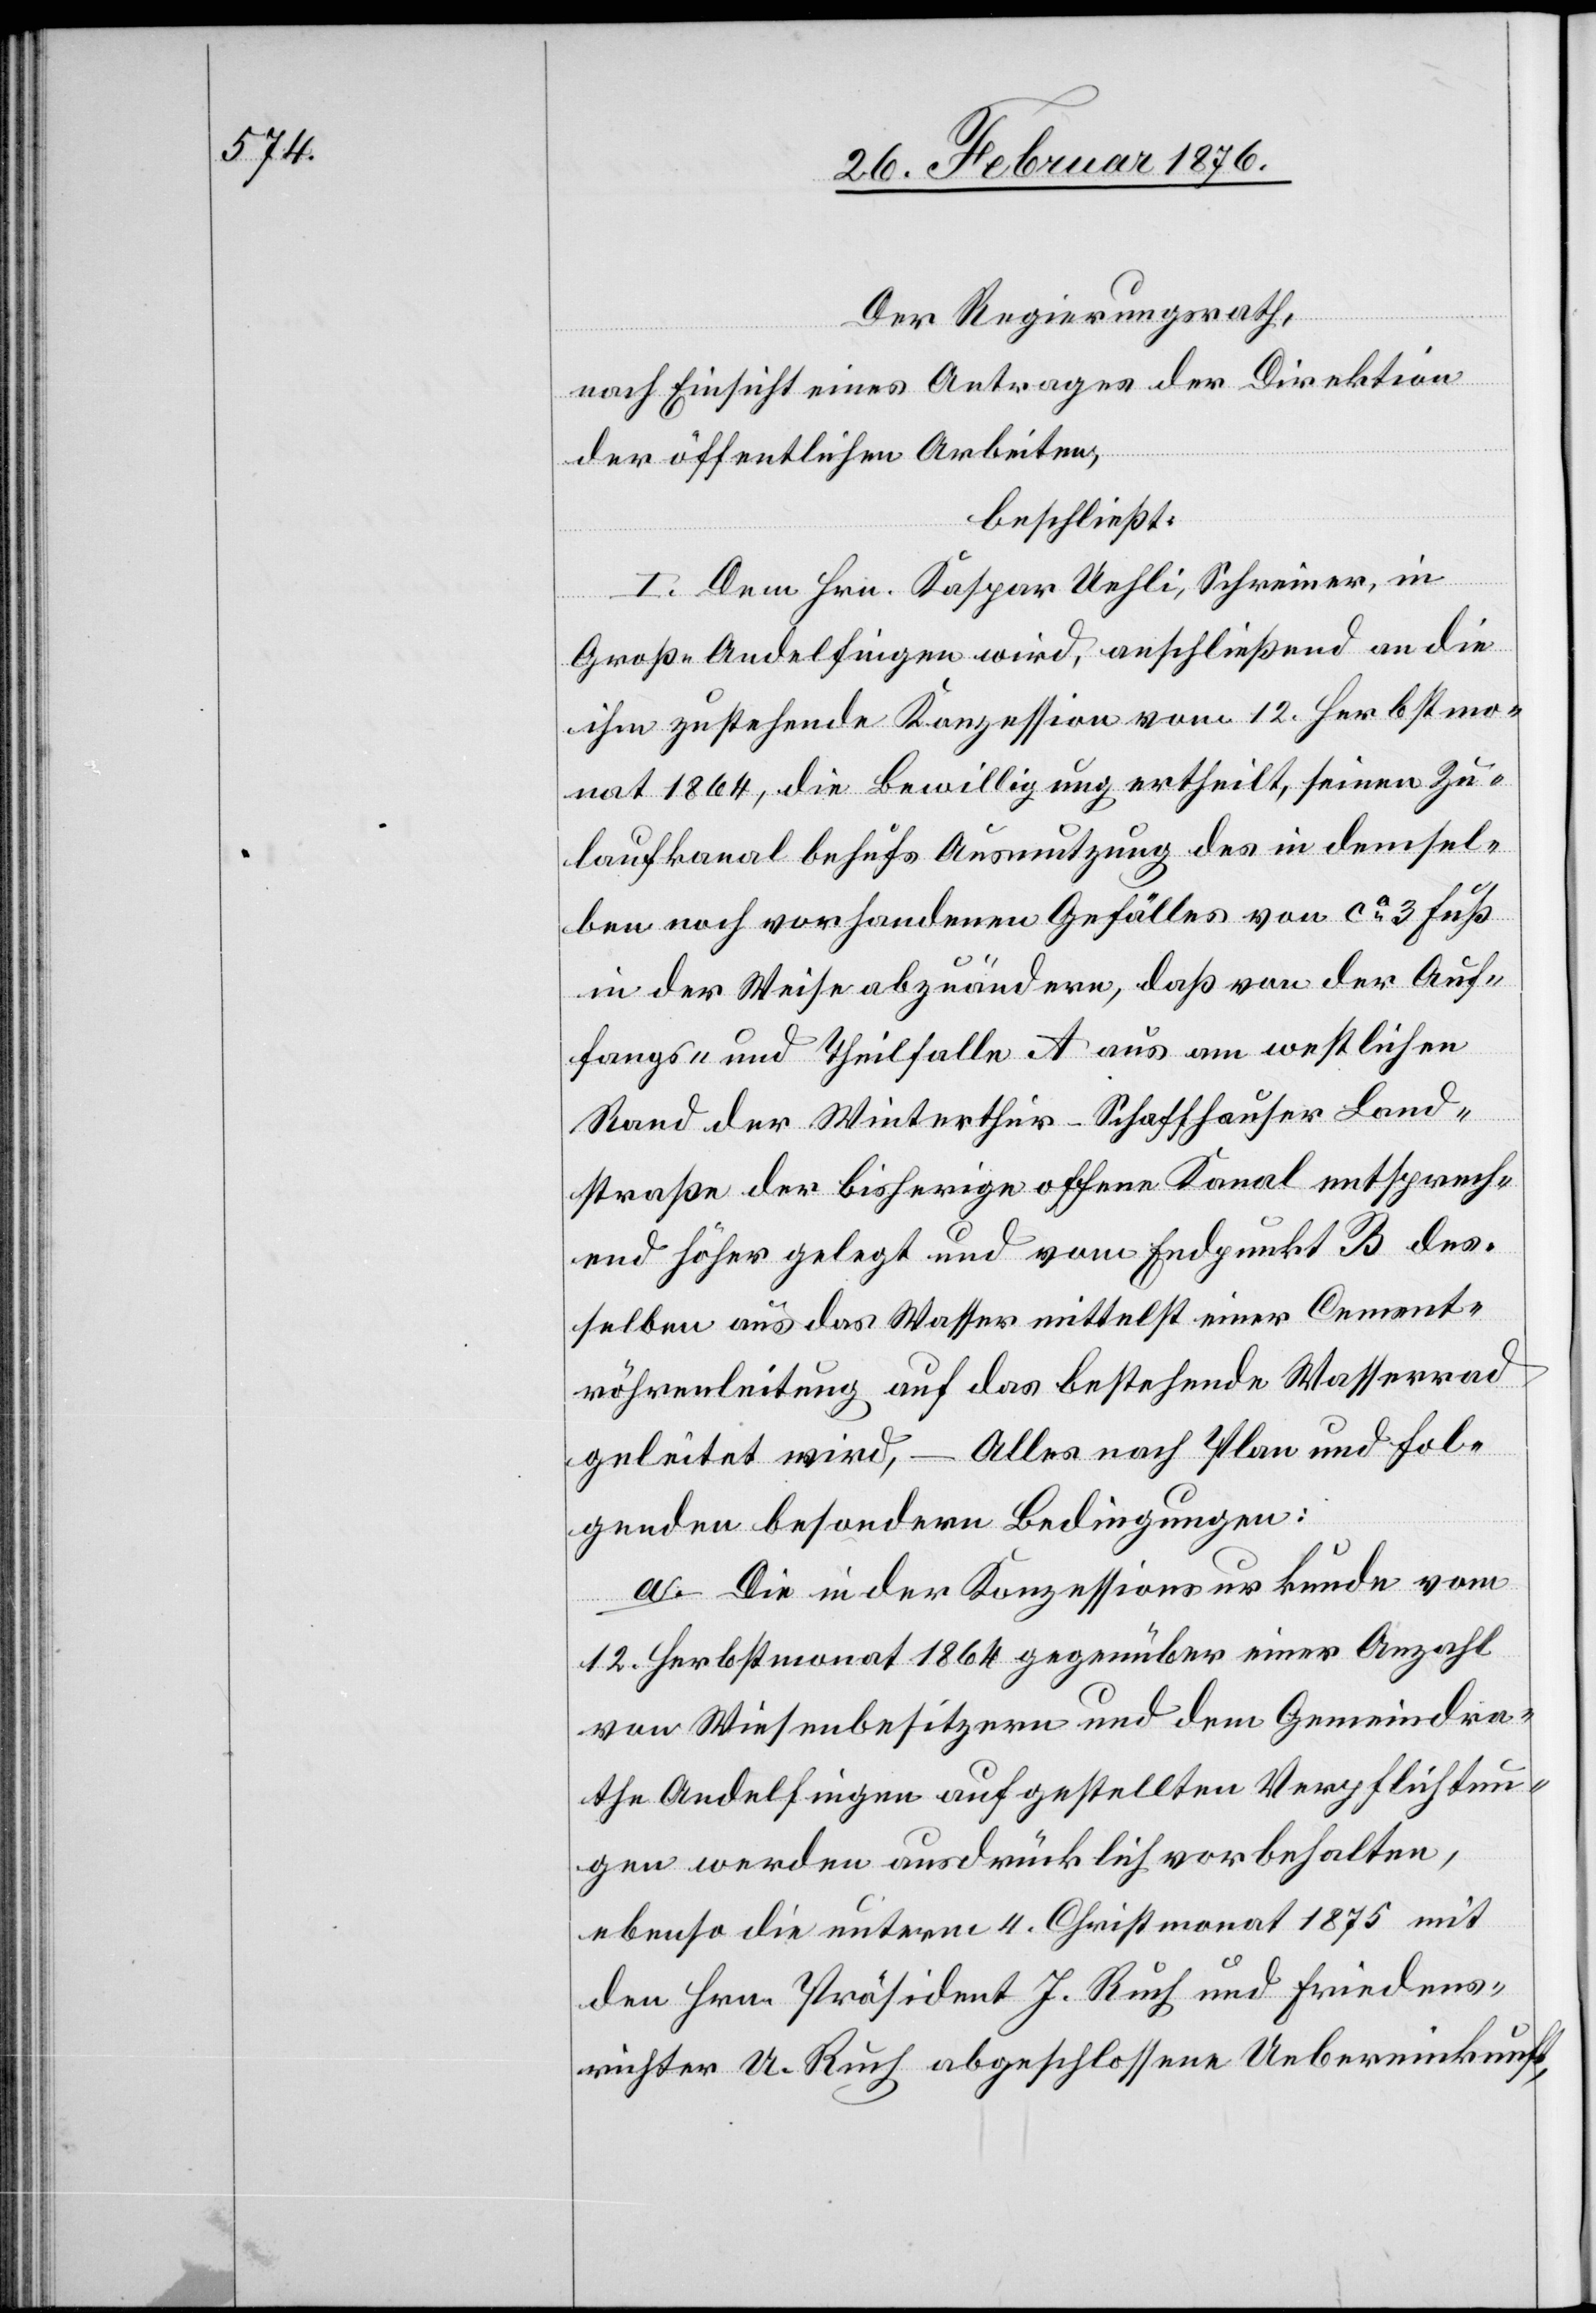
Der Regierungsrath,
nach Einsicht eines Antrages der Direktion
der öffentlichen Arbeiten,
beschließt:
I. Dem Hrn. Kaspar Uehli, Schreiner, in
Groß-Andelfingen wird, anschließend an die
ihm zustehende Konzession vom 12. Herbstmo¬
nat 1864, die Bewilligung ertheilt, seinen Zu¬
laufkanal behufs Ausnutzung des in demsel¬
ben noch vorhandenen Gefälle von ca 3 Fuß
in der Weise abzuändern, daß von der Auf¬
fangs- und Teilfalle A aus am westlichen
Rand der Winterthur–Schaffhauser Land¬
straße der bisherige offene Kanal entsprech¬
end höher gelegt und vom Endpunkt B des¬
selben aus das Wasser mittelst einer Cement¬
röhrenleitung auf das bestehende Wasserrad
geleitet wird, – Alles nach Plan und fol¬
genden besondern Bedingungen:
a. Die in der Konzessionsurkunde vom
12. Herbstmonat 1864 gegenüber einer Anzahl
von Wiesenbesitzern und dem Gemeindra¬
the Andelfingen aufgestellten Verpflichtun¬
gen werden ausdrücklich vorbehalten,
ebenso die unterm 4. Christmonat 1875 mit
den Hrn. Präsident J. Ruch und Friedens¬
richter U. Ruch abgeschlossene Uebereinkunft,